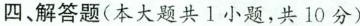
四、解答题(本大题共1小题，共10分)